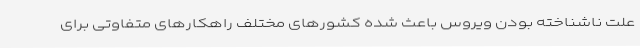
علت ناشناخته بودن ویروس باعث شده کشورهای مختلف راهکارهای متفاوتی برای